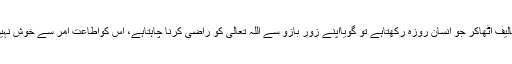
سفر میں تکالیف اٹھاکر جو انسان روزہ رکھتاہے تو گویااپنے زور بازو سے اللہ تعالیٰ کو راضی کرنا چاہتاہے، اس کواطاعتِ امر سے خوش نہیں کرناچاہتا۔